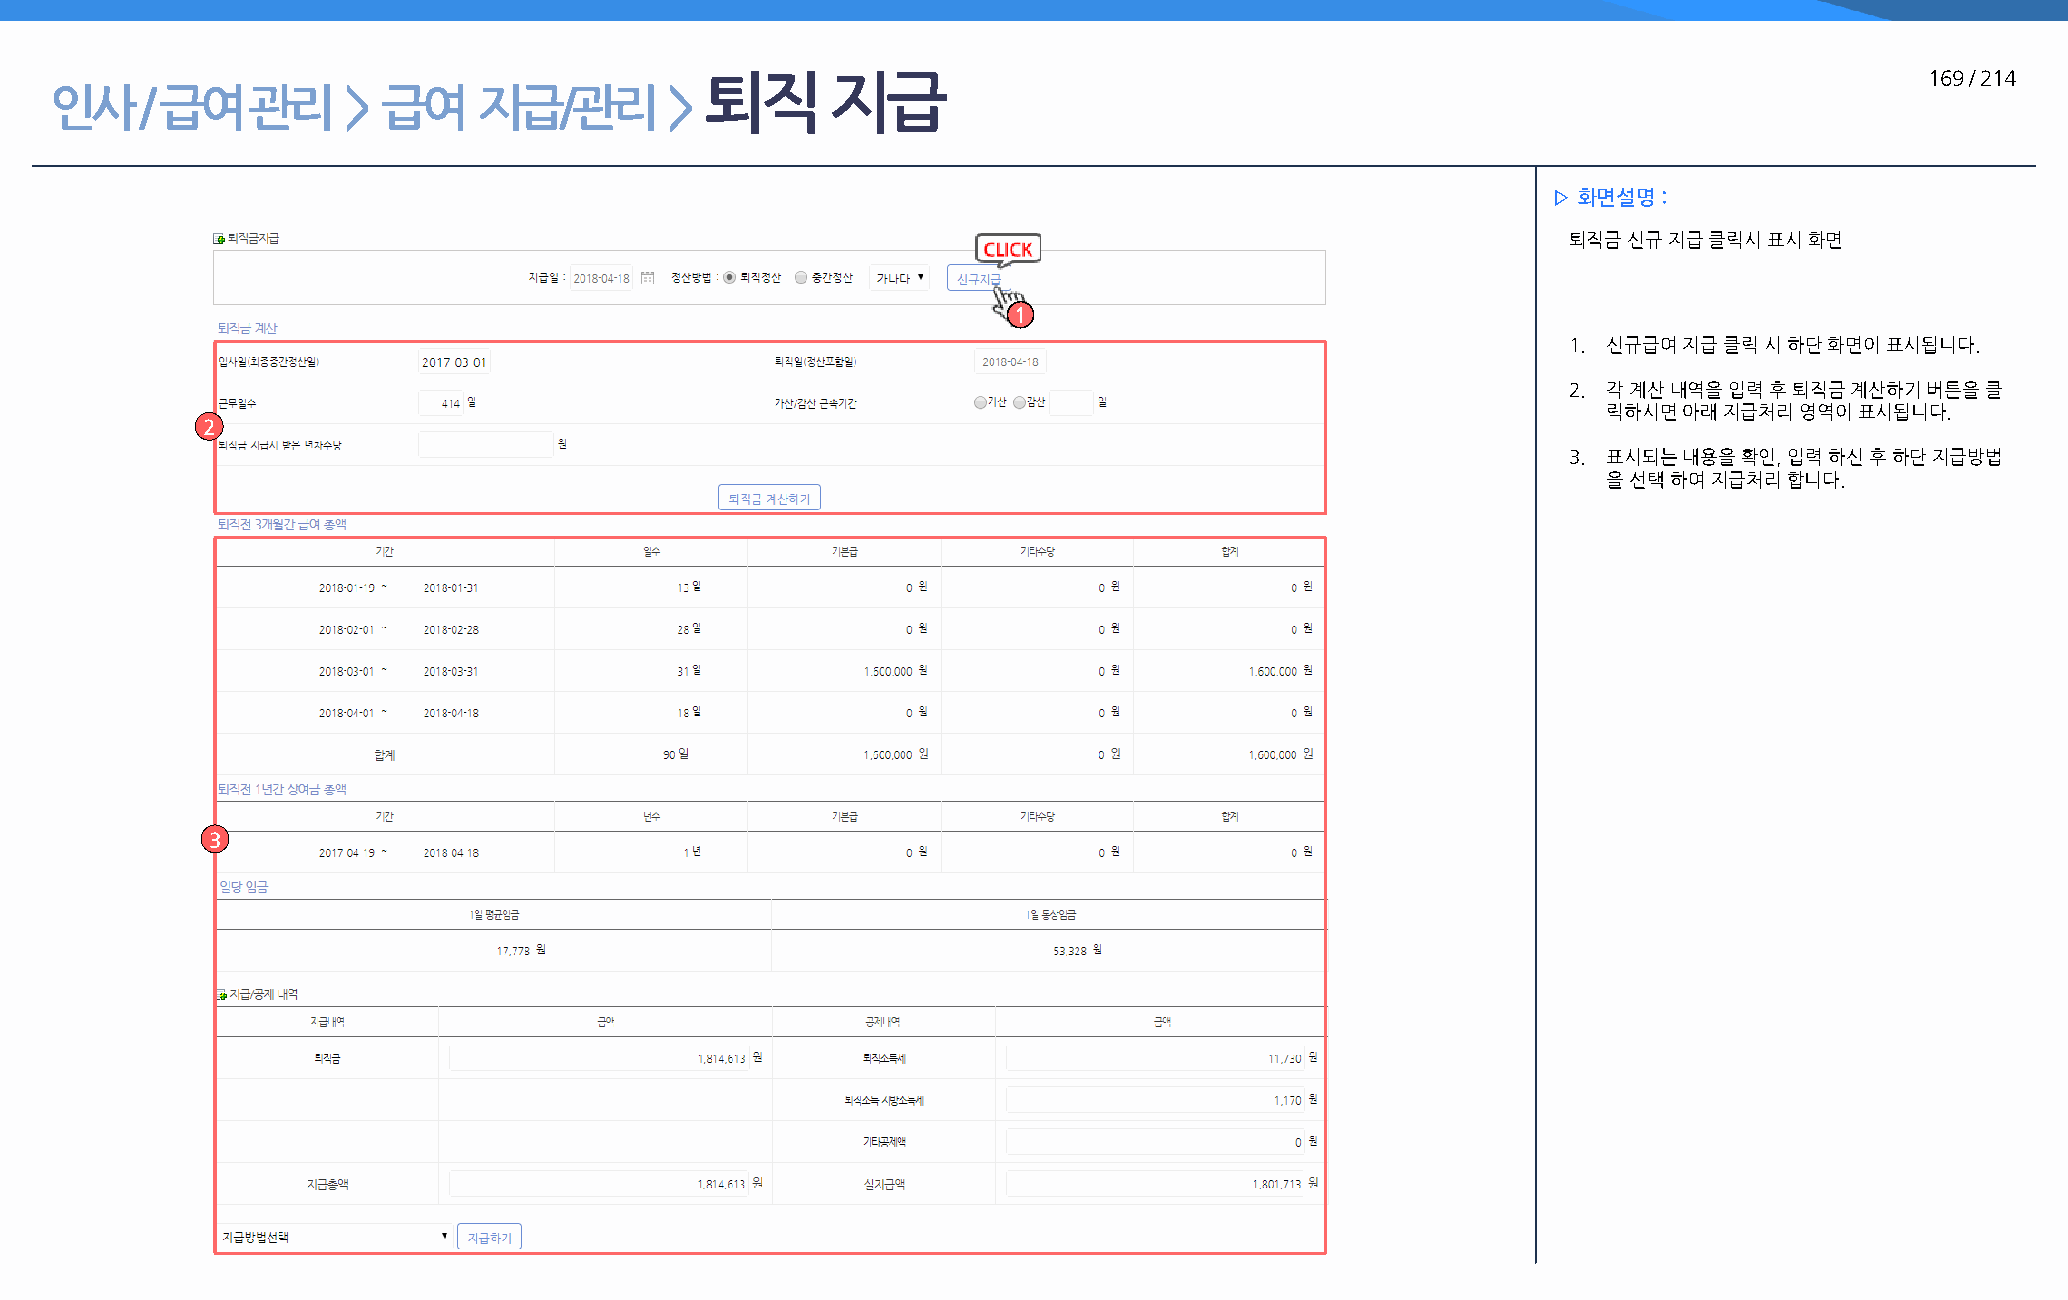
퇴직      지급                                                                       169 / 214
 인사    / 급여   관리     > 급여     지급/관리       >
 ▷ 화면설명 :
 퇴직금 신규 지급 클릭시 표시 화면
 1
 1. 신규급여 지급 클릭 시 하단 화면이 표시됩니다.
 2. 각 계산 내역을 입력 후 퇴직금 계산하기 버튼을 클
 릭하시면 아래 지급처리 영역이 표시됩니다.
 2
 3. 표시되는 내용을 확인, 입력 하신 후 하단 지급방법
 을 선택 하여 지급처리 합니다.
 3